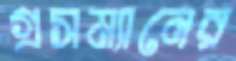
গ্রসম্যানের